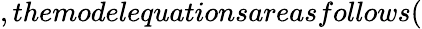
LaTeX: ,themodelequationsareasfollows(